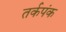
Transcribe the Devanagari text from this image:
तर्कपंक